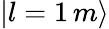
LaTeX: |l=1\, m\rangle